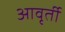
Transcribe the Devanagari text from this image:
आवृर्ती